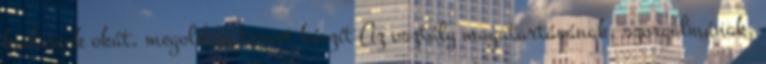
kudarcok okát, megoldási tervet készít Az osztály magatartásának, szorgalmának,